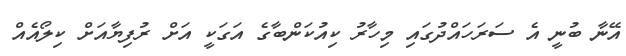
އޭނާ ބުނީ އެ ސަރަހައްދުގައި މިހާރު ކިއުކަންބާގެ އަގަކީ އަށް ރުފިޔާއަށް ކިލޯއެއް